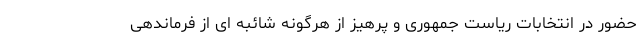
حضور در انتخابات ریاست جمهوری و پرهیز از هرگونه شائبه ای از فرماندهی